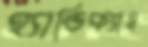
হ্যান্ডিক্যাম